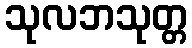
သုလဘသုတ္တ